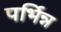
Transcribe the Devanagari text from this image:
पर्भिन्न